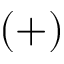
( + )